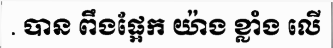
. បាន ពឹងផ្អែក យ៉ាង ខ្លាំង លើ